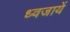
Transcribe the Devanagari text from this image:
ध्वजायें